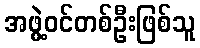
အဖွဲ့ဝင်တစ်ဦးဖြစ်သူ